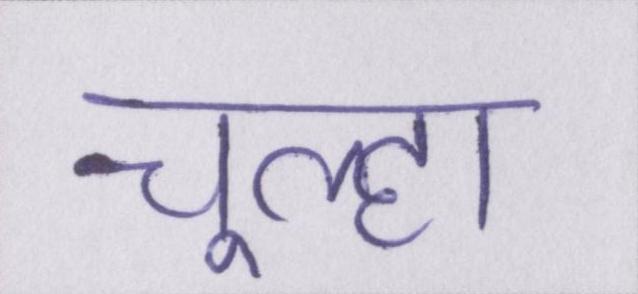
चूल्हा